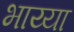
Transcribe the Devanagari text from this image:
भाय्या